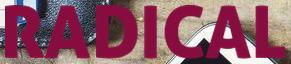
RADICAL